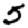
Digit: 5